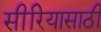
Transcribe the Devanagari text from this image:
सीरियासाठी